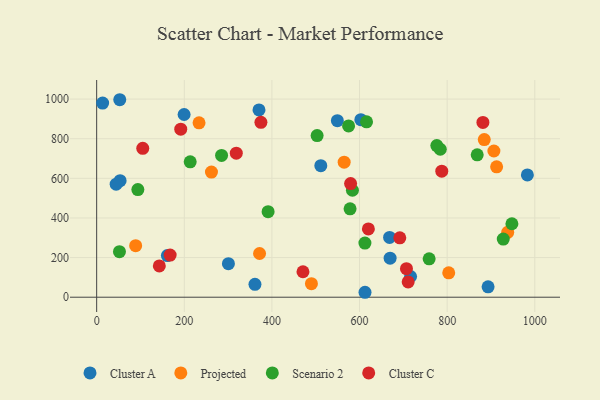
{"axis": {"x": "Investment", "y": "Salary"}, "legend": ["Cluster A", "Cluster C", "Projected", "Scenario 2"], "data": [{"x": "668.6", "y": 301.7, "type": "Cluster A"}, {"x": "983.1", "y": 617.4, "type": "Cluster A"}, {"x": "603.0", "y": 895.9, "type": "Cluster A"}, {"x": "52.7", "y": 996.8, "type": "Cluster A"}, {"x": "361.3", "y": 65.2, "type": "Cluster A"}, {"x": "716.5", "y": 104.5, "type": "Cluster A"}, {"x": "13.6", "y": 980.1, "type": "Cluster A"}, {"x": "669.8", "y": 197.2, "type": "Cluster A"}, {"x": "549.4", "y": 890.9, "type": "Cluster A"}, {"x": "53.5", "y": 588.3, "type": "Cluster A"}, {"x": "161.4", "y": 210.2, "type": "Cluster A"}, {"x": "300.7", "y": 169.2, "type": "Cluster A"}, {"x": "44.5", "y": 570.3, "type": "Cluster A"}, {"x": "893.4", "y": 52.4, "type": "Cluster A"}, {"x": "370.5", "y": 945.3, "type": "Cluster A"}, {"x": "612.5", "y": 24.9, "type": "Cluster A"}, {"x": "511.6", "y": 663.7, "type": "Cluster A"}, {"x": "199.6", "y": 922.2, "type": "Cluster A"}, {"x": "906.7", "y": 737.9, "type": "Projected"}, {"x": "490.2", "y": 68.2, "type": "Projected"}, {"x": "803.6", "y": 123.1, "type": "Projected"}, {"x": "262.0", "y": 631.4, "type": "Projected"}, {"x": "233.7", "y": 880.3, "type": "Projected"}, {"x": "938.2", "y": 327.5, "type": "Projected"}, {"x": "371.8", "y": 220.5, "type": "Projected"}, {"x": "89.0", "y": 260.3, "type": "Projected"}, {"x": "912.9", "y": 657.9, "type": "Projected"}, {"x": "564.9", "y": 681.8, "type": "Projected"}, {"x": "884.7", "y": 795.5, "type": "Projected"}, {"x": "784.3", "y": 746.7, "type": "Scenario 2"}, {"x": "52.0", "y": 229.9, "type": "Scenario 2"}, {"x": "583.8", "y": 539.8, "type": "Scenario 2"}, {"x": "868.6", "y": 718.5, "type": "Scenario 2"}, {"x": "947.8", "y": 370.9, "type": "Scenario 2"}, {"x": "285.1", "y": 715.6, "type": "Scenario 2"}, {"x": "391.3", "y": 431.7, "type": "Scenario 2"}, {"x": "575.0", "y": 864.6, "type": "Scenario 2"}, {"x": "776.4", "y": 765.4, "type": "Scenario 2"}, {"x": "578.4", "y": 445.9, "type": "Scenario 2"}, {"x": "94.0", "y": 543.3, "type": "Scenario 2"}, {"x": "213.5", "y": 683.5, "type": "Scenario 2"}, {"x": "928.1", "y": 293.6, "type": "Scenario 2"}, {"x": "503.2", "y": 815.6, "type": "Scenario 2"}, {"x": "758.9", "y": 193.5, "type": "Scenario 2"}, {"x": "612.3", "y": 273.0, "type": "Scenario 2"}, {"x": "616.0", "y": 885.1, "type": "Scenario 2"}, {"x": "707.1", "y": 144.1, "type": "Cluster C"}, {"x": "691.9", "y": 299.6, "type": "Cluster C"}, {"x": "374.9", "y": 882.6, "type": "Cluster C"}, {"x": "620.2", "y": 344.7, "type": "Cluster C"}, {"x": "318.7", "y": 727.2, "type": "Cluster C"}, {"x": "881.6", "y": 882.3, "type": "Cluster C"}, {"x": "787.7", "y": 636.1, "type": "Cluster C"}, {"x": "191.9", "y": 847.9, "type": "Cluster C"}, {"x": "579.6", "y": 573.5, "type": "Cluster C"}, {"x": "105.2", "y": 751.7, "type": "Cluster C"}, {"x": "167.7", "y": 212.5, "type": "Cluster C"}, {"x": "143.0", "y": 157.9, "type": "Cluster C"}, {"x": "470.9", "y": 128.4, "type": "Cluster C"}, {"x": "711.0", "y": 77.2, "type": "Cluster C"}]}